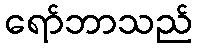
ရော်ဘာသည်